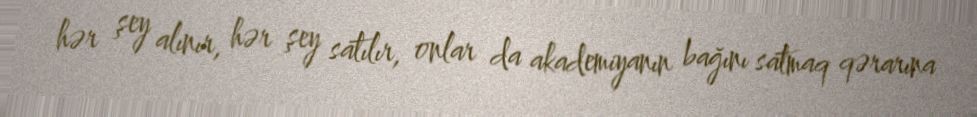
hər şey alınır, hər şey satılır, onlar da akademiyanın bağını satmaq qərarına